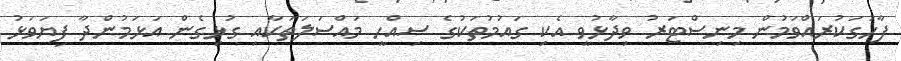
ފާހަގަކުރައްވަމުން މިނިސްޓަރު ވިދާޅުވީ އެކި ގައުމުތަކުގެ ސިއްހީ މައްސަލަތަކާއި ގުޅިގެން އަޅަމުންދާ ފިޔަވަޅު